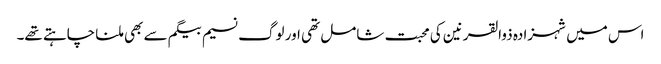
اس میں شہزادہ ذوالقرنین کی محبت شامل تھی اور لوگ نسیم بیگم سے بھی ملنا چاہتے تھے۔